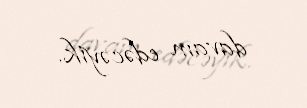
davam edəcəyik.